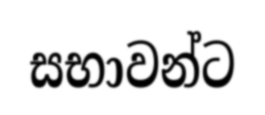
සභාවන්ට